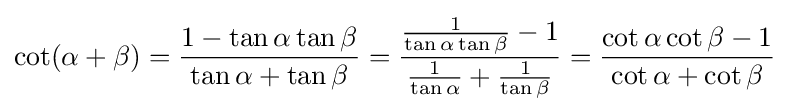
\cot(\alpha +\beta )={\frac {1-\tan \alpha \tan \beta }{\tan \alpha +\tan \beta }}={\frac {{\frac {1}{\tan \alpha \tan \beta }}-1}{{\frac {1}{\tan \alpha }}+{\frac {1}{\tan \beta }}}}={\frac {\cot \alpha \cot \beta -1}{\cot \alpha +\cot \beta }}